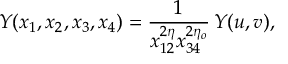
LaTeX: Y ( x _ { 1 } , x _ { 2 } , x _ { 3 } , x _ { 4 } ) = \frac { 1 } { x _ { 1 2 } ^ { 2 \eta } x _ { 3 4 } ^ { 2 \eta _ { o } } } \, Y ( u , v ) ,